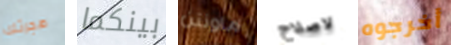
هجرتك بينكما ماونتن لاصلاح أخرجوه